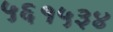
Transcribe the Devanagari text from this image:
५६१५३४